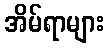
အိမ်ရာများ